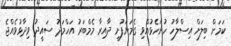
ކަމަށް ބިލަށް އިސްލާހު ހުށަހެޅުއްވި ގެމަނަފުށީ ދާއިރާ މެމްބަރު އަހްމަދު ސައީދު ވިދާޅުވެއްޖެ